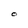
Character: O